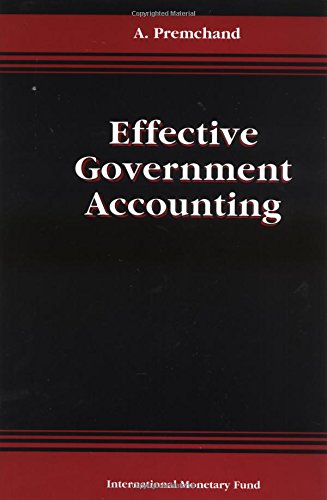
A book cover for Effective Government Accounting; A. Premchand; Business & Money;